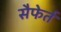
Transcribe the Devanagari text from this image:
सैफेर्त